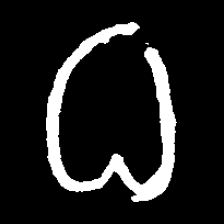
Pyu character \u2014 Myanmar letter: ဓ (romanized: dha)